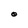
Character: 0